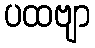
ပထဗျာ